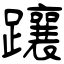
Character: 躟